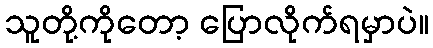
သူတို့ကိုတော့ ပြောလိုက်ရမှာပဲ။